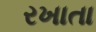
રખાતા